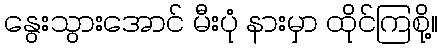
နွေးသွားအောင် မီးပုံ နားမှာ ထိုင်ကြစို့။